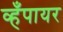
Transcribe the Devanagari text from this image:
व्हँपायर